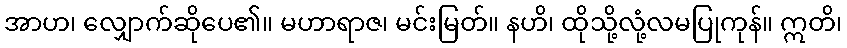
အာဟ၊ လျှောက်ဆိုပေ၏။ မဟာရာဇ၊ မင်းမြတ်။ နဟိ၊ ထိုသို့လုံ့လမပြုကုန်။ ဣတိ၊